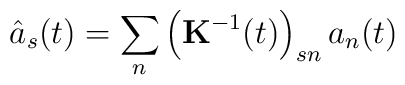
\hat a_s(t)=\sum_n\left( {\bf K}^{-1}(t)\right)_{sn}a_n(t)